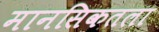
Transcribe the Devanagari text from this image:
मानसिकतला